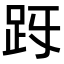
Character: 𧿓